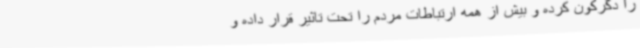
را دگرکون کرده و بیش از همه ارتباطات مردم را تحت تاثیر قرار داده و